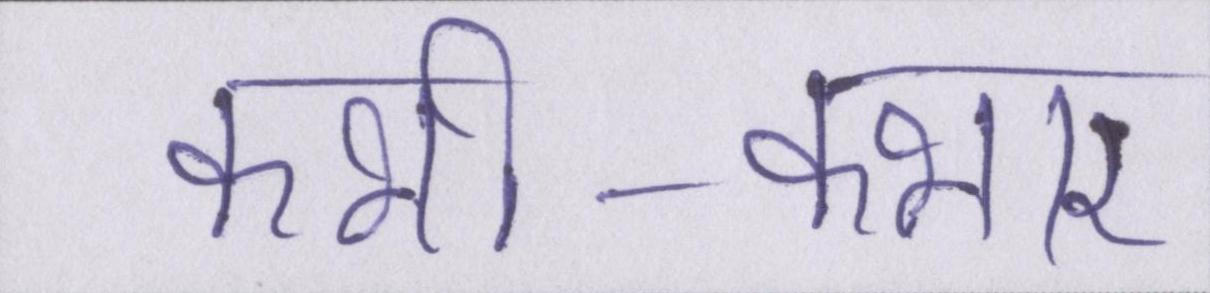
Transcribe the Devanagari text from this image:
कभी-कभार